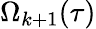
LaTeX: \Omega_{k+1}(\tau)